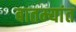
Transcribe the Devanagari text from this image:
बातम्‍यांत